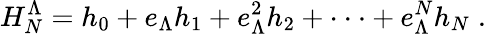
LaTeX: H_{N}^{\Lambda}=h_{0}+e_{\Lambda}h_{1}+e_{\Lambda}^{2}h_{2}+\cdot\cdot\cdot+e_{\Lambda}^{N}h_{N}\; .